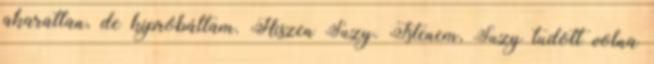
akaratlan, de kipróbáltam. Hiszen Suzy. Istenem, Suzy tudott volna